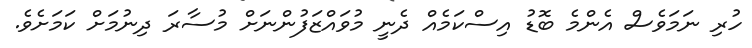
ހުރި ނަމަވެސް އެންމެ ބޮޑު އިސްކަމެއް ދެނީ މުވައްޒަފުންނަށް މުސާރަ ދިނުމަށް ކަމަށެވެ.